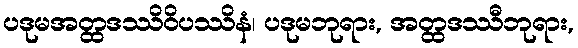
ပဒုမအတ္ထဒဿိဝိပဿိနံ၊ ပဒုမဘုရား, အတ္ထဒဿီဘုရား,